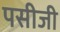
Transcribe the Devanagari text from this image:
पसीजी